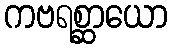
ကဗရစ္ဆာယော